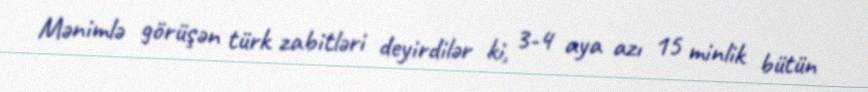
Mənimlə görüşən türk zabitləri deyirdilər ki, 3-4 aya azı 15 minlik bütün